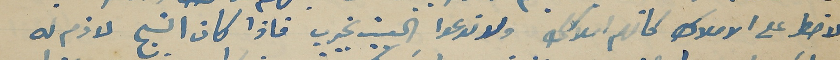
لا خطر على الاملاك كانهم املاكك ولا تدعوا البيت يخرب فاذا كان النبح لازم له